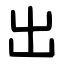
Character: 出